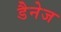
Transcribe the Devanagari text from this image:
डैनेज